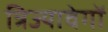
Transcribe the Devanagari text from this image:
त्रिज्यावेगों